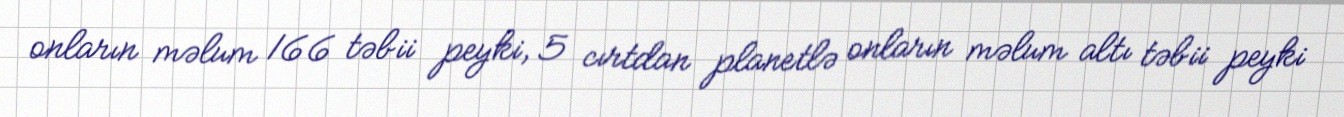
onların məlum 166 təbii peyki, 5 cırtdan planetlə onların məlum altı təbii peyki